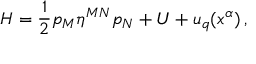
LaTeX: H = \frac { 1 } { 2 } p _ { M } \eta ^ { M N } p _ { N } + U + u _ { q } ( x ^ { \alpha } ) \, ,